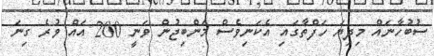
ސުބުހާނައް މިދިޔަ ހަފްތާގައި އެކަނިވެސް މަންބިޖުން ވަނީ 200 އައް ވުރެ ގިނަ